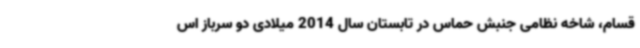
قسام، شاخه نظامی جنبش حماس در تابستان سال 2014 میلادی دو سرباز اس